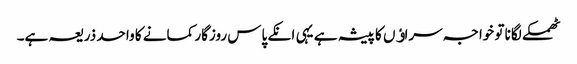
ٹھمکے لگانا تو خواجہ سراﺅں کا پیشہ ہے یہی انکے پاس روزگار کمانے کا واحد ذریعہ ہے۔